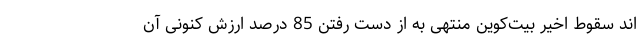
اند سقوط اخیر بیت‌کوین منتهی به از دست رفتن 85 درصد ارزش کنونی آن